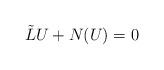
LaTeX: \begin{align*}\tilde L U + N(U) = 0 \end{align*}